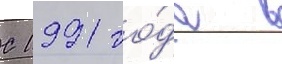
С 1991 го́да в